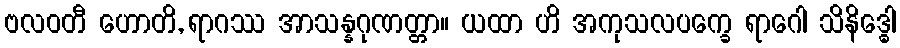
ဗလဝတီ ဟောတိ, ရာဂဿ အာသန္နဂုဏတ္တာ။ ယထာ ဟိ အကုသလပက္ခေ ရာဂေါ သိနိဒ္ဓေါ